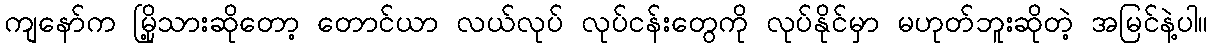
ကျနော်က မြို့သားဆိုတော့ တောင်ယာ လယ်လုပ် လုပ်ငန်းတွေကို လုပ်နိုင်မှာ မဟုတ်ဘူးဆိုတဲ့ အမြင်နဲ့ပါ။